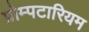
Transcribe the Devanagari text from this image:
प्रोम्पटारियम